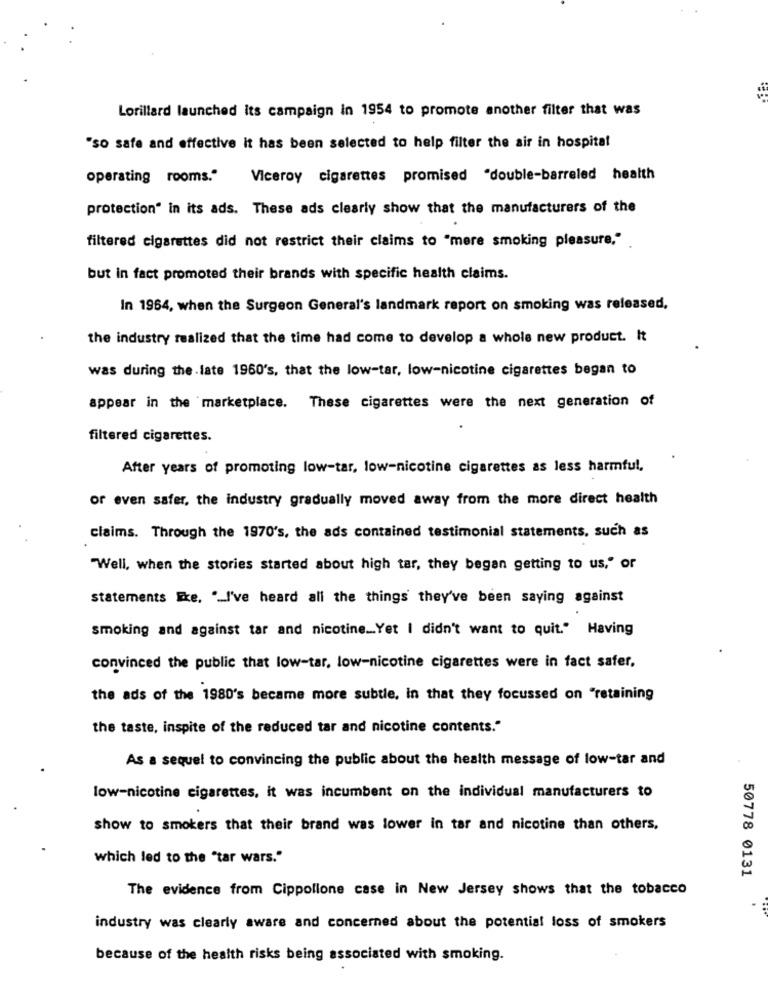
Lorillard launched its campaign in 1954 to promote another filter that was
"so safe and effective it has been selected to help filter the air in hospital
operating rooms."
Viceroy cigarettes promised "double-barreled health
protection" in its ads. These ads clearly show that the manufacturers of the
filtered cigarettes did not restrict their claims to "mere smoking pleasure."
but in fact promoted their brands with specific health claims.
In 1964, when the Surgeon General's landmark report on smoking was released,
the industry realized that the time had come to develop a whole new product. It
was during the late 1960's, that the low-tar, low-nicotine cigarettes began to
appear in the marketplace. These cigarettes were the next generation of
filtered cigarettes.
After years of promoting low-tar, low-nicotine cigarettes as less harmful,
or even safer, the industry gradually moved away from the more direct health
claims. Through the 1970's, the ads contained testimonial statements, such as
"Well, when the stories started about high tar, they began getting to us," or
statements Ike. "_I've heard all the things they've been saying against
smoking and against tar and nicotine __ Yet I didn't want to quit." Having
convinced the public that low-tar, low-nicotine cigarettes were in fact safer,
the ads of the 1980's became more subtle, in that they focussed on "retaining
the taste, inspite of the reduced tar and nicotine contents."
As a sequel to convincing the public about the health message of low-tar and
low-nicotine cigarettes, it was incumbent on the individual manufacturers to
show to smokers that their brand was lower in tar and nicotine than others,
which led to the "tar wars."
50778 0131
The evidence from Cippollone case in New Jersey shows that the tobacco
industry was clearly aware and concerned about the potential loss of smokers
because of the health risks being associated with smoking.